Annual report of lunatic asylums [Bombay] - 1912-1922
Year: 1912
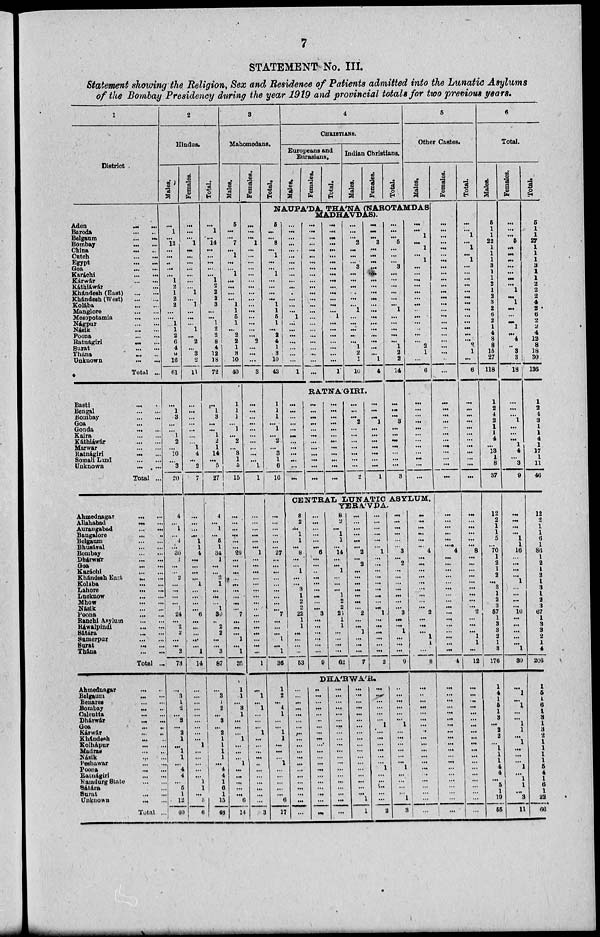
7
STATEMENT No. III.
Statement showing the Religion, Sex and Residence of Patients admitted into the Lunatic Asylums
of the Bombay Presidency during the year 1919 and provincial totals for two previous years.
1
District
Aden
...
...
Baroda
...
...
Belgaum
...
...
Bombay
...
...
China
...
...
Cutch
...
...
Egypt
...
...
Goa
...
...
Karáchi
...
...
Kárwár
...
...
Káthiáwar ...
Khándesh (East)
...
...
Khándesh (West)
...
...
Kolába
...
...
Manglore
...
...
Mesopotamia
...
...
Nágpur
...
...
Násik
...
...
Poona
...
...
Ratnágiri
...
...
Surat
...
...
Thana
...
...
Unknown
...
...
Total ...
Basti ... ...
Bengal
...
...
Bombay
...
...
Goa ...
Gonda
...
...
Kaira
...
...
Káthiáwár
...
...
Marwar
...
...
Ratnágiri ... ...
Somali
Land
...
...
Unknown
...
...
Total ...
Ahmednagar
...
...
Allahabad ... ...
Aurangabad
...
...
Bangalore
...
...
Belgaum
...
...
Bhusával
...
...
Bombay
...
...
Dhárwár
...
...
Goa
...
...
Karáchi
...
...
Khándesh East ... ...
Kolába
...
...
Lahore
...
...
Lucknow
...
...
Mhow
...
...
Násik
...
...
Poona
...
...
Ranchi Asylum
...
...
Ráwalpindi
...
...
Sátára
...
...
Sumerpur
...
...
Surat
...
...
Thána
...
...
Total ...
Ahmednagar
...
...
Belgaum
...
...
Benares
...
...
Bombay
...
...
Calcutta
...
...
Dhárwár
...
...
Goa
...
...
Kárwár
...
...
Khándesh ... ...
Kolhápur
...
...
Madras
...
...
Násik ... ...
Peshawar
...
...
Poona
...
...
Ratnágiri
...
...
Ramdurg State
...
...
Sátára ...
Surat
...
...
Unknown
...
...
Total ...
2
Hindus.
Males.
...
1
...
13
...
...
...
...
...
1
2
1
2
2
...
...
1
1
2
6
4
9
16
61
...
1
3
...
...
1
2
...
10
...
3
20
4
...
1
...
4
...
30
1
...
...
2
...
...
...
...
1
24
...
2
2
...
...
2
73
...
3
1
2
...
3
...
2
1
...
1
1
...
4
4
...
5
1
12
40
Females.
...
...
...
1
...
...
...
...
...
...
...
1
...
1
...
...
...
1
...
2
...
3
2
11
...
...
...
...
...
...
...
1
4
...
2
7
...
...
...
...
1
1
4
...
...
...
...
1
...
...
...
...
6
...
...
...
...
...
1
14
...
...
...
...
...
...
...
...
...
1
...
...
...
...
...
1
1
...
3
6
Total.
...
1
...
14
...
...
...
...
...
1
2
2
2
3
...
...
1
2
2
8
4
12
18
72
...
1
3
...
...
1
2
1
14
...
5
27
4
...
1
...
5
1
34
1
...
...
2
1
...
...
...
1
30
...
2
2
...
...
3
87
...
3
1
2
...
3
...
2
1
1
1
1
...
4
4
1
6
1
15
46
3
Mahomedans.
Males.
5
...
...
7
...
1
...
...
1
...
...
...
...
1
1
5
1
...
2
2
1
3
10
40
1
1
1
...
1
...
2
...
3
1
5
15
...
...
...
...
...
...
26
...
...
...
...
...
...
...
...
...
7
...
...
...
1
...
1
35
1
1
...
3 1
...
...
...
1
...
...
...
1
...
...
...
...
...
6
14
Females.
...
...
...
1
...
...
...
...
...
...
...
...
...
...
...
...
...
...
...
2
...
...
...
3
...
...
...
...
...
...
...
...
...
...
1
1
...
...
...
...
...
...
1
...
...
...
...
...
...
...
...
...
...
...
...
...
...
...
...
1
...
1
1
...
...
...
1
...
...
...
...
...
...
...
...
...
...
...
3
Total.
4
CHRISTIANS.
Europeans and
Eurasians.
Males.
Females.
Total.
Indian Christians.
Males.
Females.
Total.
5
Other Castes.
Males.
NAUPÁDA, THÁNA (NAROTAMDAS
MADHAVDAS).
5
...
...
8
...
1
...
...
1
...
...
...
...
1
1
5
1
...
2
4
1
3
10
43
1
1
1
...
1
...
2
...
3
1
6
16
...
...
...
...
...
...
27
...
...
...
...
...
...
...
...
...
7
...
...
...
1
...
1
36
1
2
...
4
1
...
...
1
1
...
...
...
1
...
...
...
...
...
6
17
...
...
...
...
...
...
...
...
...
...
...
...
...
...
...
1
...
...
...
...
...
...
...
1
...
...
...
...
...
...
...
...
...
...
...
...
...
...
...
...
...
...
...
...
...
...
...
...
...
...
...
...
...
...
...
...
...
...
...
...
...
...
...
...
...
...
...
...
...
...
...
...
...
...
...
1
...
...
...
...
...
...
...
1
...
...
...
2
...
...
...
3
...
...
...
...
...
...
1
...
...
...
...
...
1
2
1
10
...
...
...
3
...
...
...
...
...
...
...
...
...
...
...
...
...
...
...
...
...
...
1
4
RATNA'GIRI.
...
...
...
...
...
...
...
...
...
...
...
...
...
...
...
...
...
...
...
...
...
...
...
...
...
...
...
2
...
...
...
...
...
...
...
2
...
...
...
1
...
...
...
...
...
...
...
1
...
...
...
5
...
...
...
3
...
...
...
...
...
...
1
...
...
...
...
...
1
2
2
14
...
...
...
3
...
...
...
...
...
...
3
...
...
1
...
1
...
1
...
...
...
...
...
...
...
...
...
...
...
...
...
2
1
...
6
...
...
...
...
...
...
...
...
...
...
...
...
CENTRAL LUNATIC ASYLUM,
YERA'VDA.
8
2
...
1
1
...
8
...
...
1
...
...
3
1
2 2
22
1
1
...
...
...
...
53
...
...
...
...
...
...
...
...
...
...
...
...
...
...
...
...
...
...
...
...
...
...
...
...
...
...
6
...
...
...
...
...
...
...
...
...
3
...
...
...
...
...
...
9
8
2
...
1
1
...
14
...
...
1
...
...
...
1
2
2
25
1
1
...
...
...
...
62
...
...
...
...
...
...
2
...
2
...
...
...
...
...
...
...
2
...
...
1
...
...
...
7
...
...
...
...
...
...
1
...
...
...
...
...
...
...
...
...
1
...
...
...
...
...
...
2
DHA'RWA'R.
...
...
...
...
...
...
...
...
...
...
...
...
...
...
...
...
...
...
...
...
...
...
...
...
...
...
...
...
...
...
...
...
...
...
...
...
...
...
...
...
...
...
...
...
...
...
...
...
...
...
...
...
...
...
...
...
...
...
1
1
...
...
...
...
...
...
1
...
...
...
...
...
...
1
...
...
...
...
...
2
...
...
...
...
...
...
3
...
2
...
...
...
...
...
...
...
3
...
...
1
...
...
...
9
...
...
...
...
...
...
1
...
...
...
...
...
...
1
...
...
...
...
1
3
...
...
...
...
...
...
4
...
...
...
...
...
...
...
...
...
2
...
...
...
1
1
...
8
...
...
...
...
...
...
...
...
...
...
...
...
...
...
...
...
...
...
...
...
Females.
...
...
...
...
...
...
...
...
...
...
...
...
...
...
...
...
...
...
...
...
...
...
...
...
...
...
...
...
...
...
...
...
...
...
...
...
...
...
...
...
...
...
4
...
...
...
...
...
...
...
...
...
...
...
...
...
...
...
...
4
...
...
...
...
...
...
...
...
...
...
...
...
...
...
...
...
...
...
...
...
Total.
...
...
1
...
1
...
1
...
...
...
...
...
...
...
...
...
...
...
...
...
2
1
...
6
...
...
...
...
...
...
...
...
...
...
...
...
...
...
...
...
...
...
8
...
...
...
...
...
...
...
...
...
2
...
...
...
1
1
...
12
...
...
...
...
...
...
...
...
...
...
...
...
...
...
...
...
...
...
...
...
6
Total.
Males.
5
1
1
22
1
1
1
3
1
1
2
1
2
3
2
6
2
1
4
8
8
15
27
118
1
2
4
2
1
1
4
...
13
1
8
37
12
2
1
1
5
...
70
1
2
1
2
...
3
1
2
3
57
1
3
3
2
1
3
176
1
4
1
5
1
3
...
2
2
...
1
1
1
4
4
...
5
1
19
55
Females.
...
...
...
5
...
...
...
...
...
...
...
1
...
1
...
...
...
1
...
4
...
3
3
18
...
...
...
1
...
...
...
1
4
...
3
9
...
...
...
...
1
1
16
...
...
...
...
1
...
...
...
...
10
...
...
...
...
...
1
30
...
1
...
1
...
...
1
1
...
1
...
...
...
1
...
1
1
...
3
11
Total.
5
1
1
27
1
1
1
3
1
1
2
2
2
4
2
6
2
2
4
12
8
18
30
136
1
2
4
3
1
1
4
1
17
1
11
46
12
2
1
1
6
1
86
1
2
1
2
1
3
1
2
3
67
1
3
3
2
1
4
206
1
5
1
6
1
3
1
3
2
1
1
1
1
5
4
1
6
1
22
66